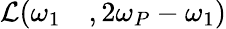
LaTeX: \begin{array}{rl}{\mathcal{L}(\omega_{1}}&{{},2\omega_{P}-\omega_{1})}\end{array}